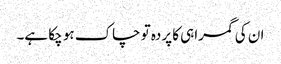
ان کی گمراہی کا پردہ تو چاک ہو چکا ہے۔